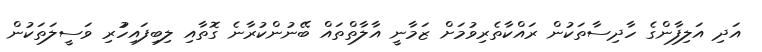
އަދި އަލިފާންގެ ހާދިސާތަކުން ރައްކާތެރިވުމަށް ޒަމާނީ އާލާތްތައް ބޭނުންކުރާނެ ގޮތާއި ލިބިފައިހުުރި ވަސީލަތަކުން